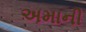
અમાની